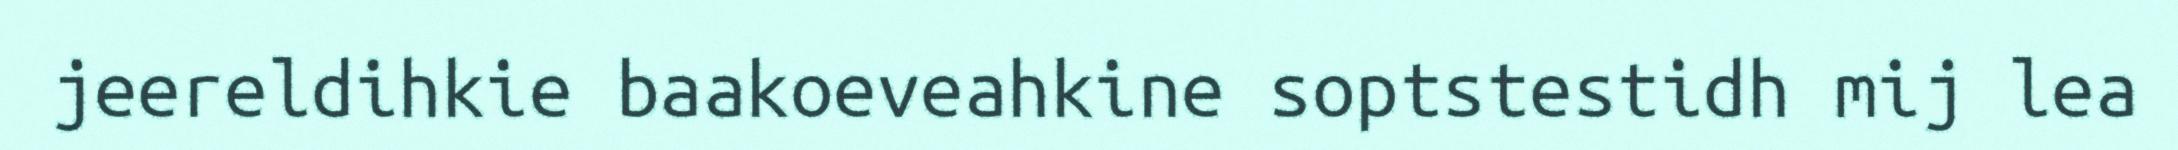
jeereldihkie baakoeveahkine soptstestidh mij lea